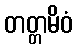
တတ္တမိဝံ